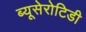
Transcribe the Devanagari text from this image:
ब्यूसेरोटिडी